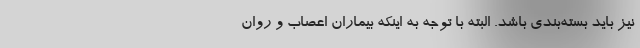
نیز باید بسته‌بندی باشد. البته با توجه به اینکه بیماران اعصاب و روان